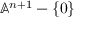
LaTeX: \mathbb { A } ^ { n + 1 } - \{ 0 \}